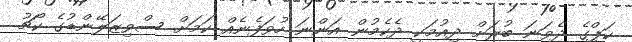
ކަޕްގެ ދެވަނަ ބުރަށް ދިއުމަކީ ދެކެމުން އަންނަ ހުވަފެނެއް ކަމަށް ސްވިޒަލޭންޑުގެ ކޯޗު